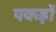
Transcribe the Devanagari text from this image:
पकड़ों